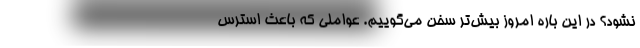
نشود؟ در این باره امروز بیش‌تر سخن می‌گوییم. عواملی که باعث استرس